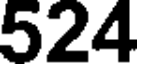
524